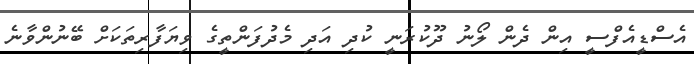
އެސްޑީއެފްސީ އިން ދެން ލޯނު ދޫކުރަނީ ކުދި އަދި މެދުފަންތީގެ ވިޔަފާރިތަކަށް ބޭނުންވާނެ